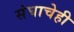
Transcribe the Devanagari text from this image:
संघाचेही